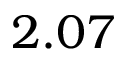
2 . 0 7